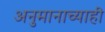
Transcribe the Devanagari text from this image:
अनुमानाच्याही